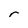
Character: r